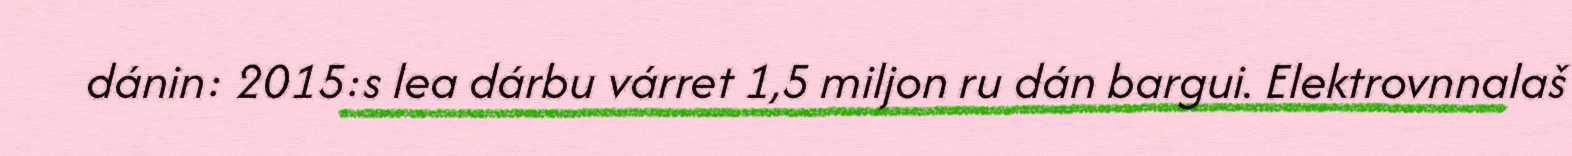
dánin: 2015:s lea dárbu várret 1,5 miljon ru dán bargui. Elektrovnnalaš